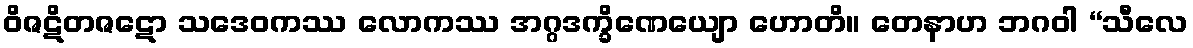
ဝိဇဋိတဇဋော သဒေဝကဿ လောကဿ အဂ္ဂဒက္ခိဏေယျော ဟောတိ။ တေနာဟ ဘဂဝါ “သီလေ